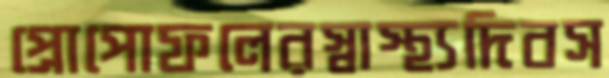
প্রোপোফলেরস্বাস্থ্যদিবস